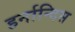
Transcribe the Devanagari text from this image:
हर्नान्दिस